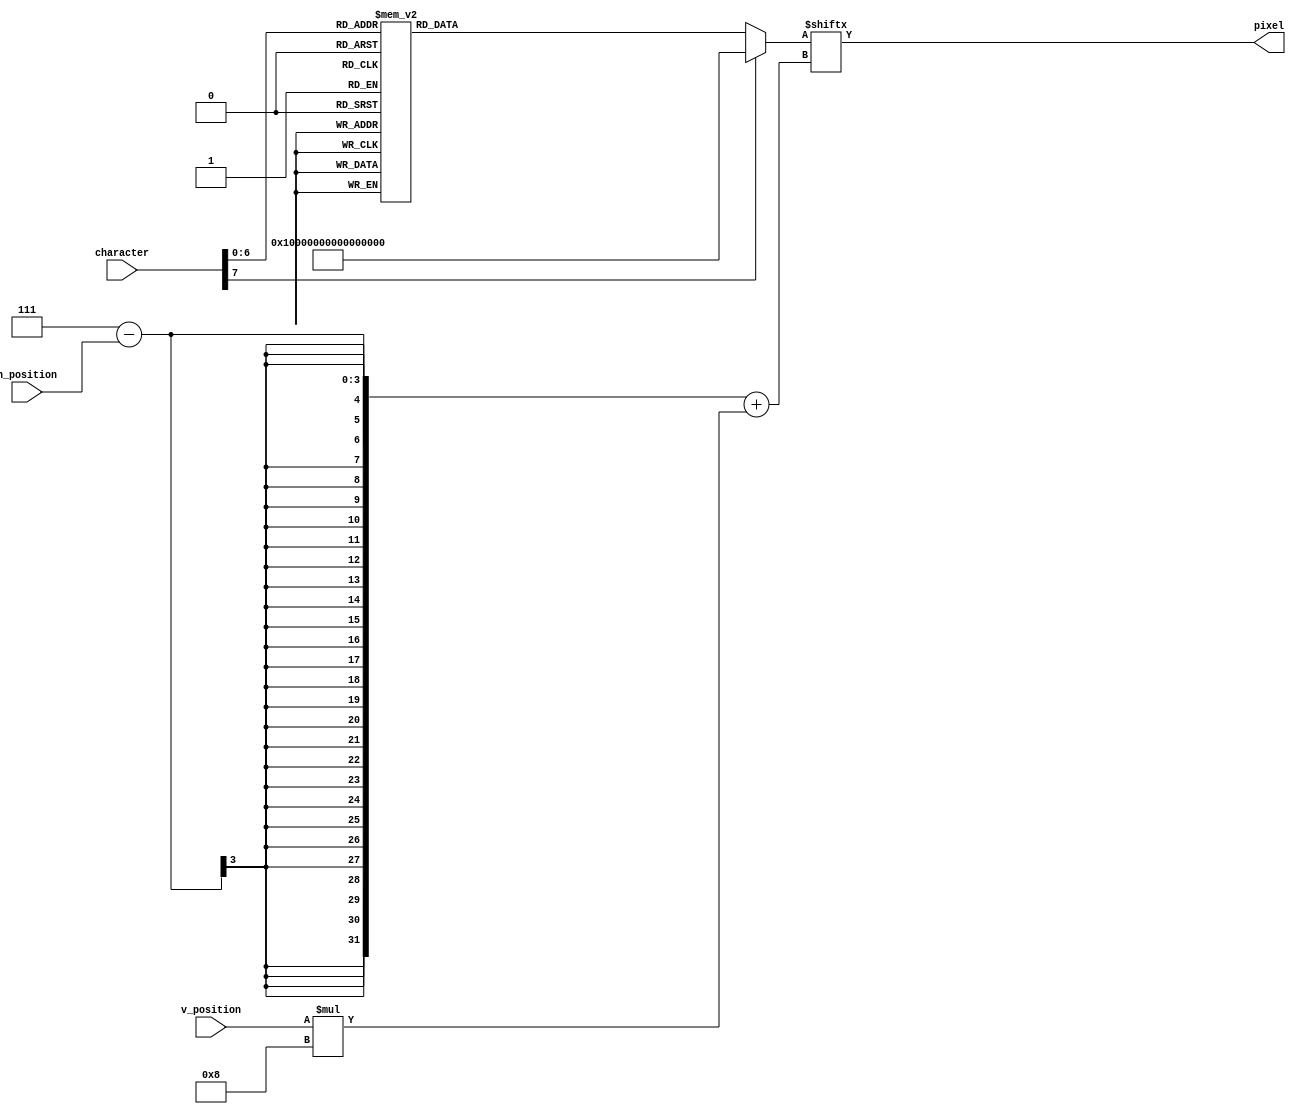
module character_lookup(character, h_position, v_position, pixel);
    input [7:0] character;
    input [2:0] h_position;
    input [2:0] v_position;

    output pixel;

    reg [63:0] character_data;

    assign pixel = character_data[7-h_position + v_position*8];

    always @ (character) begin
        case (character)
            8'd0: begin
                character_data[07:00] <= 8'b10100000;
                character_data[15:08] <= 8'b11100000;
                character_data[23:16] <= 8'b10100000;
                character_data[31:24] <= 8'b00101000;
                character_data[39:32] <= 8'b00101000;
                character_data[47:40] <= 8'b00010100;
                character_data[55:48] <= 8'b00000100;
                character_data[63:56] <= 8'b00000111;
            end

            8'd32: begin
                character_data[07:00] <= 8'b00000000;
                character_data[15:08] <= 8'b00000000;
                character_data[23:16] <= 8'b00000000;
                character_data[31:24] <= 8'b00000000;
                character_data[39:32] <= 8'b00000000;
                character_data[47:40] <= 8'b00000000;
                character_data[55:48] <= 8'b00000000;
                character_data[63:56] <= 8'b00000000;
            end

            8'd33: begin
                character_data[07:00] <= 8'b00000000;
                character_data[15:08] <= 8'b00100000;
                character_data[23:16] <= 8'b00100000;
                character_data[31:24] <= 8'b00100000;
                character_data[39:32] <= 8'b00000000;
                character_data[47:40] <= 8'b00100000;
                character_data[55:48] <= 8'b00000000;
                character_data[63:56] <= 8'b00000000;
            end

            8'd34: begin
                character_data[07:00] <= 8'b00000000;
                character_data[15:08] <= 8'b00101000;
                character_data[23:16] <= 8'b00101000;
                character_data[31:24] <= 8'b00000000;
                character_data[39:32] <= 8'b00000000;
                character_data[47:40] <= 8'b00000000;
                character_data[55:48] <= 8'b00000000;
                character_data[63:56] <= 8'b00000000;
            end

            8'd35: begin
                character_data[07:00] <= 8'b00000000;
                character_data[15:08] <= 8'b00101000;
                character_data[23:16] <= 8'b01111100;
                character_data[31:24] <= 8'b00101000;
                character_data[39:32] <= 8'b01111100;
                character_data[47:40] <= 8'b00101000;
                character_data[55:48] <= 8'b00000000;
                character_data[63:56] <= 8'b00000000;
            end

            8'd36: begin
                character_data[07:00] <= 8'b00000000;
                character_data[15:08] <= 8'b00111100;
                character_data[23:16] <= 8'b01010000;
                character_data[31:24] <= 8'b00111000;
                character_data[39:32] <= 8'b00010100;
                character_data[47:40] <= 8'b00111000;
                character_data[55:48] <= 8'b00000000;
                character_data[63:56] <= 8'b00000000;
            end

            8'd37: begin
                character_data[07:00] <= 8'b00000000;
                character_data[15:08] <= 8'b01000100;
                character_data[23:16] <= 8'b00001000;
                character_data[31:24] <= 8'b00010000;
                character_data[39:32] <= 8'b00100000;
                character_data[47:40] <= 8'b01000100;
                character_data[55:48] <= 8'b00000000;
                character_data[63:56] <= 8'b00000000;
            end

            8'd38: begin
                character_data[07:00] <= 8'b00000000;
                character_data[15:08] <= 8'b00110000;
                character_data[23:16] <= 8'b01000000;
                character_data[31:24] <= 8'b00110000;
                character_data[39:32] <= 8'b01001100;
                character_data[47:40] <= 8'b00111000;
                character_data[55:48] <= 8'b00000000;
                character_data[63:56] <= 8'b00000000;
            end

            8'd39: begin
                character_data[07:00] <= 8'b00000000;
                character_data[15:08] <= 8'b00010000;
                character_data[23:16] <= 8'b00010000;
                character_data[31:24] <= 8'b00000000;
                character_data[39:32] <= 8'b00000000;
                character_data[47:40] <= 8'b00000000;
                character_data[55:48] <= 8'b00000000;
                character_data[63:56] <= 8'b00000000;
            end

            8'd40: begin
                character_data[07:00] <= 8'b00000000;
                character_data[15:08] <= 8'b00010000;
                character_data[23:16] <= 8'b00100000;
                character_data[31:24] <= 8'b00100000;
                character_data[39:32] <= 8'b00100000;
                character_data[47:40] <= 8'b00010000;
                character_data[55:48] <= 8'b00000000;
                character_data[63:56] <= 8'b00000000;
            end

            8'd41: begin
                character_data[07:00] <= 8'b00000000;
                character_data[15:08] <= 8'b00100000;
                character_data[23:16] <= 8'b00010000;
                character_data[31:24] <= 8'b00010000;
                character_data[39:32] <= 8'b00010000;
                character_data[47:40] <= 8'b00100000;
                character_data[55:48] <= 8'b00000000;
                character_data[63:56] <= 8'b00000000;
            end

            8'd42: begin
                character_data[07:00] <= 8'b00000000;
                character_data[15:08] <= 8'b00101000;
                character_data[23:16] <= 8'b00010000;
                character_data[31:24] <= 8'b00101000;
                character_data[39:32] <= 8'b00000000;
                character_data[47:40] <= 8'b00000000;
                character_data[55:48] <= 8'b00000000;
                character_data[63:56] <= 8'b00000000;
            end

            8'd43: begin
                character_data[07:00] <= 8'b00000000;
                character_data[15:08] <= 8'b00000000;
                character_data[23:16] <= 8'b00010000;
                character_data[31:24] <= 8'b00111000;
                character_data[39:32] <= 8'b00010000;
                character_data[47:40] <= 8'b000-0000;
                character_data[55:48] <= 8'b00000000;
                character_data[63:56] <= 8'b00000000;
            end

            8'd44: begin
                character_data[07:00] <= 8'b00000000;
                character_data[15:08] <= 8'b00000000;
                character_data[23:16] <= 8'b00000000;
                character_data[31:24] <= 8'b00000000;
                character_data[39:32] <= 8'b00000000;
                character_data[47:40] <= 8'b00100000;
                character_data[55:48] <= 8'b00100000;
                character_data[63:56] <= 8'b01000000;
            end

            8'd45: begin
                character_data[07:00] <= 8'b00000000;
                character_data[15:08] <= 8'b00000000;
                character_data[23:16] <= 8'b00000000;
                character_data[31:24] <= 8'b00111000;
                character_data[39:32] <= 8'b00000000;
                character_data[47:40] <= 8'b00000000;
                character_data[55:48] <= 8'b00000000;
                character_data[63:56] <= 8'b00000000;
            end

            8'd46: begin
                character_data[07:00] <= 8'b00000000;
                character_data[15:08] <= 8'b00000000;
                character_data[23:16] <= 8'b00000000;
                character_data[31:24] <= 8'b00000000;
                character_data[39:32] <= 8'b00000000;
                character_data[47:40] <= 8'b00100000;
                character_data[55:48] <= 8'b00000000;
                character_data[63:56] <= 8'b00000000;
            end

            8'd47: begin
                character_data[07:00] <= 8'b00000000;
                character_data[15:08] <= 8'b00000100;
                character_data[23:16] <= 8'b00001000;
                character_data[31:24] <= 8'b00010000;
                character_data[39:32] <= 8'b00100000;
                character_data[47:40] <= 8'b01000000;
                character_data[55:48] <= 8'b00000000;
                character_data[63:56] <= 8'b00000000;
            end

            8'd48: begin
                character_data[07:00] <= 8'b00000000;
                character_data[15:08] <= 8'b00111000;
                character_data[23:16] <= 8'b01000100;
                character_data[31:24] <= 8'b01010100;
                character_data[39:32] <= 8'b01000100;
                character_data[47:40] <= 8'b00111000;
                character_data[55:48] <= 8'b00000000;
                character_data[63:56] <= 8'b00000000;
            end

            8'd49: begin
                character_data[07:00] <= 8'b00000000;
                character_data[15:08] <= 8'b00110000;
                character_data[23:16] <= 8'b01010000;
                character_data[31:24] <= 8'b00010000;
                character_data[39:32] <= 8'b00010000;
                character_data[47:40] <= 8'b01111100;
                character_data[55:48] <= 8'b00000000;
                character_data[63:56] <= 8'b00000000;
            end

            8'd50: begin
                character_data[07:00] <= 8'b00000000;
                character_data[15:08] <= 8'b00111000;
                character_data[23:16] <= 8'b01000100;
                character_data[31:24] <= 8'b00011000;
                character_data[39:32] <= 8'b00100000;
                character_data[47:40] <= 8'b01111100;
                character_data[55:48] <= 8'b00000000;
                character_data[63:56] <= 8'b00000000;
            end

            8'd51: begin
                character_data[07:00] <= 8'b00000000;
                character_data[15:08] <= 8'b01110000;
                character_data[23:16] <= 8'b00001000;
                character_data[31:24] <= 8'b00110000;
                character_data[39:32] <= 8'b00001000;
                character_data[47:40] <= 8'b01110000;
                character_data[55:48] <= 8'b00000000;
                character_data[63:56] <= 8'b00000000;
            end

            8'd52: begin
                character_data[07:00] <= 8'b00000000;
                character_data[15:08] <= 8'b01000100;
                character_data[23:16] <= 8'b01000100;
                character_data[31:24] <= 8'b01111100;
                character_data[39:32] <= 8'b00000100;
                character_data[47:40] <= 8'b00000100;
                character_data[55:48] <= 8'b00000000;
                character_data[63:56] <= 8'b00000000;
            end

            8'd53: begin
                character_data[07:00] <= 8'b00000000;
                character_data[15:08] <= 8'b01111100;
                character_data[23:16] <= 8'b01000000;
                character_data[31:24] <= 8'b01111000;
                character_data[39:32] <= 8'b00000100;
                character_data[47:40] <= 8'b01111000;
                character_data[55:48] <= 8'b00000000;
                character_data[63:56] <= 8'b00000000;
            end

            8'd54: begin
                character_data[07:00] <= 8'b00000000;
                character_data[15:08] <= 8'b00111000;
                character_data[23:16] <= 8'b01000000;
                character_data[31:24] <= 8'b01111000;
                character_data[39:32] <= 8'b01000100;
                character_data[47:40] <= 8'b00111000;
                character_data[55:48] <= 8'b00000000;
                character_data[63:56] <= 8'b00000000;
            end

            8'd55: begin
                character_data[07:00] <= 8'b00000000;
                character_data[15:08] <= 8'b01111100;
                character_data[23:16] <= 8'b00001000;
                character_data[31:24] <= 8'b00010000;
                character_data[39:32] <= 8'b00010000;
                character_data[47:40] <= 8'b00010000;
                character_data[55:48] <= 8'b00000000;
                character_data[63:56] <= 8'b00000000;
            end

            8'd56: begin
                character_data[07:00] <= 8'b00000000;
                character_data[15:08] <= 8'b00111000;
                character_data[23:16] <= 8'b01000100;
                character_data[31:24] <= 8'b00111000;
                character_data[39:32] <= 8'b01000100;
                character_data[47:40] <= 8'b00111000;
                character_data[55:48] <= 8'b00000000;
                character_data[63:56] <= 8'b00000000;
            end

            8'd57: begin
                character_data[07:00] <= 8'b00000000;
                character_data[15:08] <= 8'b00111000;
                character_data[23:16] <= 8'b01000100;
                character_data[31:24] <= 8'b00111100;
                character_data[39:32] <= 8'b00000100;
                character_data[47:40] <= 8'b00111000;
                character_data[55:48] <= 8'b00000000;
                character_data[63:56] <= 8'b00000000;
            end

            8'd58: begin
                character_data[07:00] <= 8'b00000000;
                character_data[15:08] <= 8'b00000000;
                character_data[23:16] <= 8'b00010000;
                character_data[31:24] <= 8'b00000000;
                character_data[39:32] <= 8'b00010000;
                character_data[47:40] <= 8'b00000000;
                character_data[55:48] <= 8'b00000000;
                character_data[63:56] <= 8'b00000000;
            end

            8'd59: begin
                character_data[07:00] <= 8'b00000000;
                character_data[15:08] <= 8'b00000000;
                character_data[23:16] <= 8'b00010000;
                character_data[31:24] <= 8'b00000000;
                character_data[39:32] <= 8'b00010000;
                character_data[47:40] <= 8'b00010000;
                character_data[55:48] <= 8'b00100000;
                character_data[63:56] <= 8'b00000000;
            end

            8'd60: begin
                character_data[07:00] <= 8'b00000000;
                character_data[15:08] <= 8'b00001000;
                character_data[23:16] <= 8'b00110000;
                character_data[31:24] <= 8'b01000000;
                character_data[39:32] <= 8'b00110000;
                character_data[47:40] <= 8'b00001000;
                character_data[55:48] <= 8'b00000000;
                character_data[63:56] <= 8'b00000000;
            end

            8'd61: begin
                character_data[07:00] <= 8'b00000000;
                character_data[15:08] <= 8'b00000000;
                character_data[23:16] <= 8'b01111100;
                character_data[31:24] <= 8'b00000000;
                character_data[39:32] <= 8'b01111100;
                character_data[47:40] <= 8'b00000000;
                character_data[55:48] <= 8'b00000000;
                character_data[63:56] <= 8'b00000000;
            end

            8'd62: begin
                character_data[07:00] <= 8'b00000000;
                character_data[15:08] <= 8'b01000000;
                character_data[23:16] <= 8'b00110000;
                character_data[31:24] <= 8'b00001000;
                character_data[39:32] <= 8'b00110000;
                character_data[47:40] <= 8'b01000000;
                character_data[55:48] <= 8'b00000000;
                character_data[63:56] <= 8'b00000000;
            end

            8'd63: begin
                character_data[07:00] <= 8'b00000000;
                character_data[15:08] <= 8'b00110000;
                character_data[23:16] <= 8'b01001000;
                character_data[31:24] <= 8'b00010000;
                character_data[39:32] <= 8'b00000000;
                character_data[47:40] <= 8'b00010000;
                character_data[55:48] <= 8'b00000000;
                character_data[63:56] <= 8'b00000000;
            end

            8'd64: begin
                character_data[07:00] <= 8'b00000000;
                character_data[15:08] <= 8'b00111000;
                character_data[23:16] <= 8'b01000100;
                character_data[31:24] <= 8'b01011100;
                character_data[39:32] <= 8'b01010100;
                character_data[47:40] <= 8'b01011100;
                character_data[55:48] <= 8'b00000000;
                character_data[63:56] <= 8'b00000000;
            end

            8'd65: begin
                character_data[07:00] <= 8'b00000000;
                character_data[15:08] <= 8'b00111000;
                character_data[23:16] <= 8'b01000100;
                character_data[31:24] <= 8'b01111100;
                character_data[39:32] <= 8'b01000100;
                character_data[47:40] <= 8'b01000100;
                character_data[55:48] <= 8'b00000000;
                character_data[63:56] <= 8'b00000000;
            end

            8'd66: begin
                character_data[07:00] <= 8'b00000000;
                character_data[15:08] <= 8'b01110000;
                character_data[23:16] <= 8'b01000100;
                character_data[31:24] <= 8'b01111000;
                character_data[39:32] <= 8'b01000100;
                character_data[47:40] <= 8'b01111000;
                character_data[55:48] <= 8'b00000000;
                character_data[63:56] <= 8'b00000000;
            end

            8'd67: begin
                character_data[07:00] <= 8'b00000000;
                character_data[15:08] <= 8'b00111000;
                character_data[23:16] <= 8'b01000000;
                character_data[31:24] <= 8'b01000000;
                character_data[39:32] <= 8'b01000000;
                character_data[47:40] <= 8'b00111000;
                character_data[55:48] <= 8'b00000000;
                character_data[63:56] <= 8'b00000000;
            end

            8'd68: begin
                character_data[07:00] <= 8'b00000000;
                character_data[15:08] <= 8'b01111000;
                character_data[23:16] <= 8'b01000100;
                character_data[31:24] <= 8'b01000100;
                character_data[39:32] <= 8'b01000100;
                character_data[47:40] <= 8'b01111000;
                character_data[55:48] <= 8'b00000000;
                character_data[63:56] <= 8'b00000000;
            end

            8'd69: begin
                character_data[07:00] <= 8'b00000000;
                character_data[15:08] <= 8'b01111100;
                character_data[23:16] <= 8'b01000000;
                character_data[31:24] <= 8'b01111000;
                character_data[39:32] <= 8'b01000000;
                character_data[47:40] <= 8'b01111100;
                character_data[55:48] <= 8'b00000000;
                character_data[63:56] <= 8'b00000000;
            end

            8'd70: begin
                character_data[07:00] <= 8'b00000000;
                character_data[15:08] <= 8'b01111100;
                character_data[23:16] <= 8'b01000000;
                character_data[31:24] <= 8'b01111000;
                character_data[39:32] <= 8'b01000000;
                character_data[47:40] <= 8'b01000000;
                character_data[55:48] <= 8'b00000000;
                character_data[63:56] <= 8'b00000000;
            end

            8'd71: begin
                character_data[07:00] <= 8'b00000000;
                character_data[15:08] <= 8'b00111000;
                character_data[23:16] <= 8'b01000000;
                character_data[31:24] <= 8'b01011100;
                character_data[39:32] <= 8'b01000100;
                character_data[47:40] <= 8'b00111100;
                character_data[55:48] <= 8'b00000000;
                character_data[63:56] <= 8'b00000000;
            end

            8'd72: begin
                character_data[07:00] <= 8'b00000000;
                character_data[15:08] <= 8'b01000100;
                character_data[23:16] <= 8'b01000100;
                character_data[31:24] <= 8'b01111100;
                character_data[39:32] <= 8'b01000100;
                character_data[47:40] <= 8'b01000100;
                character_data[55:48] <= 8'b00000000;
                character_data[63:56] <= 8'b00000000;
            end

            8'd73: begin
                character_data[07:00] <= 8'b00000000;
                character_data[15:08] <= 8'b01111100;
                character_data[23:16] <= 8'b00010000;
                character_data[31:24] <= 8'b00010000;
                character_data[39:32] <= 8'b00010000;
                character_data[47:40] <= 8'b01111100;
                character_data[55:48] <= 8'b00000000;
                character_data[63:56] <= 8'b00000000;
            end

            8'd74: begin
                character_data[07:00] <= 8'b00000000;
                character_data[15:08] <= 8'b00111100;
                character_data[23:16] <= 8'b00000100;
                character_data[31:24] <= 8'b00000100;
                character_data[39:32] <= 8'b01000100;
                character_data[47:40] <= 8'b00111000;
                character_data[55:48] <= 8'b00000000;
                character_data[63:56] <= 8'b00000000;
            end

            8'd75: begin
                character_data[07:00] <= 8'b00000000;
                character_data[15:08] <= 8'b01000100;
                character_data[23:16] <= 8'b01001000;
                character_data[31:24] <= 8'b01110000;
                character_data[39:32] <= 8'b01001000;
                character_data[47:40] <= 8'b01000100;
                character_data[55:48] <= 8'b00000000;
                character_data[63:56] <= 8'b00000000;
            end

            8'd76: begin
                character_data[07:00] <= 8'b00000000;
                character_data[15:08] <= 8'b01000000;
                character_data[23:16] <= 8'b01000000;
                character_data[31:24] <= 8'b01000000;
                character_data[39:32] <= 8'b01000000;
                character_data[47:40] <= 8'b01111100;
                character_data[55:48] <= 8'b00000000;
                character_data[63:56] <= 8'b00000000;
            end

            8'd77: begin
                character_data[07:00] <= 8'b00000000;
                character_data[15:08] <= 8'b00101000;
                character_data[23:16] <= 8'b01111100;
                character_data[31:24] <= 8'b01010100;
                character_data[39:32] <= 8'b01010100;
                character_data[47:40] <= 8'b01010100;
                character_data[55:48] <= 8'b00000000;
                character_data[63:56] <= 8'b00000000;
            end

            8'd78: begin
                character_data[07:00] <= 8'b00000000;
                character_data[15:08] <= 8'b01000100;
                character_data[23:16] <= 8'b01100100;
                character_data[31:24] <= 8'b01010100;
                character_data[39:32] <= 8'b01001100;
                character_data[47:40] <= 8'b01000100;
                character_data[55:48] <= 8'b00000000;
                character_data[63:56] <= 8'b00000000;
            end

            8'd79: begin
                character_data[07:00] <= 8'b00000000;
                character_data[15:08] <= 8'b00111000;
                character_data[23:16] <= 8'b01000100;
                character_data[31:24] <= 8'b01000100;
                character_data[39:32] <= 8'b01000100;
                character_data[47:40] <= 8'b00111000;
                character_data[55:48] <= 8'b00000000;
                character_data[63:56] <= 8'b00000000;
            end

            8'd80: begin
                character_data[07:00] <= 8'b00000000;
                character_data[15:08] <= 8'b01111000;
                character_data[23:16] <= 8'b01000100;
                character_data[31:24] <= 8'b01111000;
                character_data[39:32] <= 8'b01000000;
                character_data[47:40] <= 8'b01000000;
                character_data[55:48] <= 8'b00000000;
                character_data[63:56] <= 8'b00000000;
            end

            8'd81: begin
                character_data[07:00] <= 8'b00000000;
                character_data[15:08] <= 8'b00111000;
                character_data[23:16] <= 8'b01000100;
                character_data[31:24] <= 8'b01000100;
                character_data[39:32] <= 8'b01001100;
                character_data[47:40] <= 8'b00111100;
                character_data[55:48] <= 8'b00000000;
                character_data[63:56] <= 8'b00000000;
            end

            8'd82: begin
                character_data[07:00] <= 8'b00000000;
                character_data[15:08] <= 8'b01111000;
                character_data[23:16] <= 8'b01000100;
                character_data[31:24] <= 8'b01111000;
                character_data[39:32] <= 8'b01000100;
                character_data[47:40] <= 8'b01000100;
                character_data[55:48] <= 8'b00000000;
                character_data[63:56] <= 8'b00000000;
            end

            8'd83: begin
                character_data[07:00] <= 8'b00000000;
                character_data[15:08] <= 8'b00111000;
                character_data[23:16] <= 8'b01000000;
                character_data[31:24] <= 8'b00111000;
                character_data[39:32] <= 8'b00000100;
                character_data[47:40] <= 8'b00111000;
                character_data[55:48] <= 8'b00000000;
                character_data[63:56] <= 8'b00000000;
            end

            8'd84: begin
                character_data[07:00] <= 8'b00000000;
                character_data[15:08] <= 8'b01111100;
                character_data[23:16] <= 8'b00010000;
                character_data[31:24] <= 8'b00010000;
                character_data[39:32] <= 8'b00010000;
                character_data[47:40] <= 8'b00010000;
                character_data[55:48] <= 8'b00000000;
                character_data[63:56] <= 8'b00000000;
            end

            8'd85: begin
                character_data[07:00] <= 8'b00000000;
                character_data[15:08] <= 8'b01000100;
                character_data[23:16] <= 8'b01000100;
                character_data[31:24] <= 8'b01000100;
                character_data[39:32] <= 8'b01000100;
                character_data[47:40] <= 8'b00111000;
                character_data[55:48] <= 8'b00000000;
                character_data[63:56] <= 8'b00000000;
            end

            8'd86: begin
                character_data[07:00] <= 8'b00000000;
                character_data[15:08] <= 8'b01000100;
                character_data[23:16] <= 8'b01000100;
                character_data[31:24] <= 8'b01000100;
                character_data[39:32] <= 8'b00101000;
                character_data[47:40] <= 8'b00010000;
                character_data[55:48] <= 8'b00000000;
                character_data[63:56] <= 8'b00000000;
            end

            8'd87: begin
                character_data[07:00] <= 8'b00000000;
                character_data[15:08] <= 8'b01000100;
                character_data[23:16] <= 8'b01000100;
                character_data[31:24] <= 8'b01010100;
                character_data[39:32] <= 8'b01010100;
                character_data[47:40] <= 8'b00101000;
                character_data[55:48] <= 8'b00000000;
                character_data[63:56] <= 8'b00000000;
            end

            8'd88: begin
                character_data[07:00] <= 8'b00000000;
                character_data[15:08] <= 8'b01000100;
                character_data[23:16] <= 8'b00101000;
                character_data[31:24] <= 8'b00010000;
                character_data[39:32] <= 8'b00101000;
                character_data[47:40] <= 8'b01000100;
                character_data[55:48] <= 8'b00000000;
                character_data[63:56] <= 8'b00000000;
            end

            8'd89: begin
                character_data[07:00] <= 8'b00000000;
                character_data[15:08] <= 8'b01000100;
                character_data[23:16] <= 8'b00101000;
                character_data[31:24] <= 8'b00010000;
                character_data[39:32] <= 8'b00010000;
                character_data[47:40] <= 8'b00010000;
                character_data[55:48] <= 8'b00000000;
                character_data[63:56] <= 8'b00000000;
            end

            8'd90: begin
                character_data[07:00] <= 8'b00000000;
                character_data[15:08] <= 8'b01111100;
                character_data[23:16] <= 8'b00001000;
                character_data[31:24] <= 8'b00010000;
                character_data[39:32] <= 8'b00100000;
                character_data[47:40] <= 8'b01111100;
                character_data[55:48] <= 8'b00000000;
                character_data[63:56] <= 8'b00000000;
            end

            default: begin
                character_data[07:00] <= 8'b11111111;
                character_data[15:08] <= 8'b11111111;
                character_data[23:16] <= 8'b11111111;
                character_data[31:24] <= 8'b11111111;
                character_data[39:32] <= 8'b11111111;
                character_data[47:40] <= 8'b11111111;
                character_data[55:48] <= 8'b11111111;
                character_data[63:56] <= 8'b11111111;
            end
        endcase
    end
endmodule